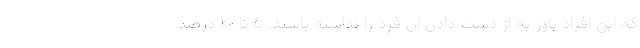
که این افراد باور به از دست دادن آن فرد را نداشته باشند. ۵ تا ۲۰ درصد